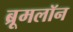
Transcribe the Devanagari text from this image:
ब्रूमलॉन